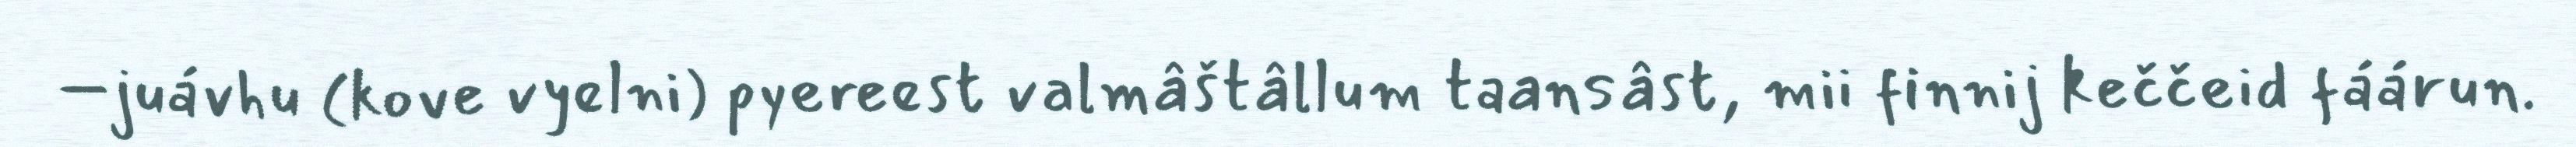
–juávhu (kove vyelni) pyereest valmâštâllum taansâst, mii finnij keččeid fáárun.